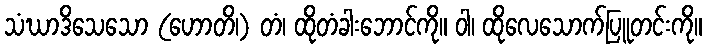
သံဃာဒိသေသော (ဟောတိ၊) တံ၊ ထိုတံခါးဘောင်ကို။ ဝါ၊ ထိုလေသောက်ပြူတင်းကို။